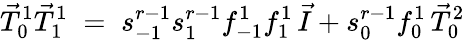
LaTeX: \vec{T}_{0}^{1}\vec{T}_{1}^{1}\; =\; s_{-1}^{r-1}s_{1}^{r-1}f_{-1}^{1}f_{1}^{1}\, \vec{I}+s_{0}^{r-1}f_{0}^{1}\, \vec{T}_{0}^{2}